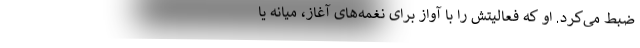
ضبط می‌کرد. او که فعالیتش را با آواز برای نغمه‌های آغاز، میانه یا